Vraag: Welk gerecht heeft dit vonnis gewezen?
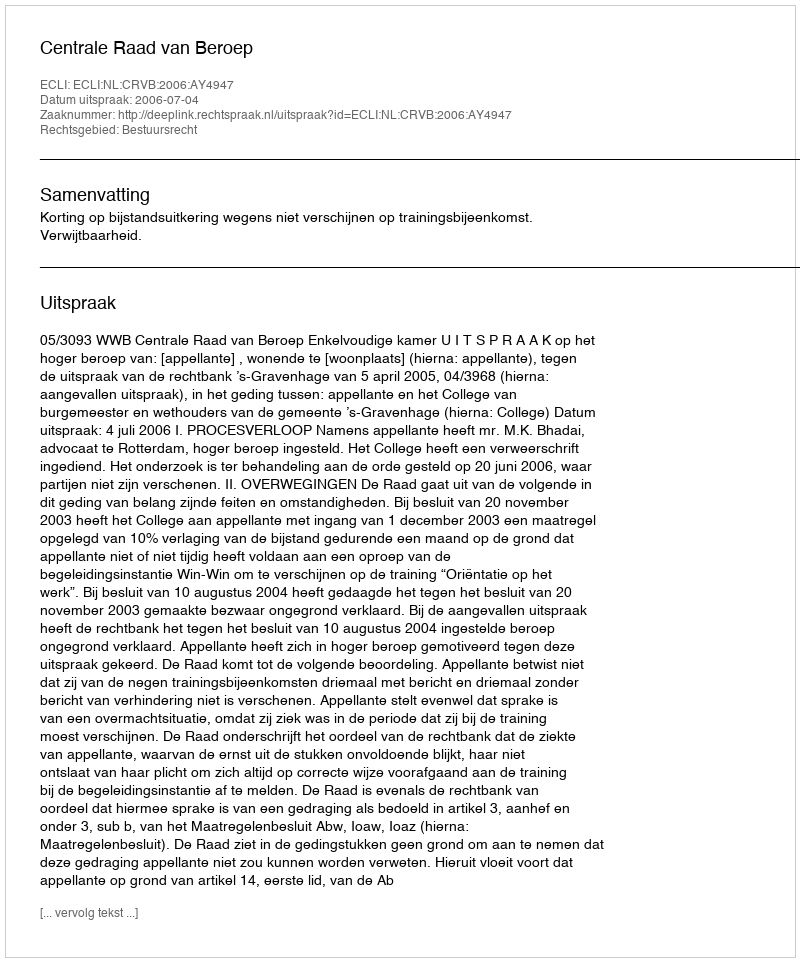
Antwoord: Centrale Raad van Beroep